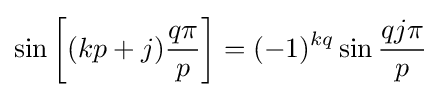
\sin \left[(kp+j){\frac {q\pi }{p}}\right]=(-1)^{kq}\sin {\frac {qj\pi }{p}}